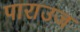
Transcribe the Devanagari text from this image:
पाराउज